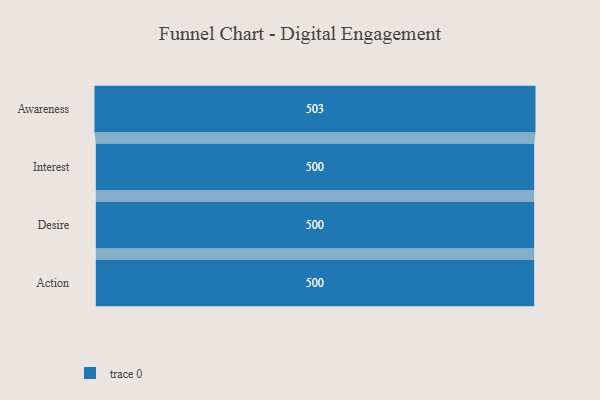
{"axis": {"x": "Stage", "y": "Value"}, "legend": [""], "data": [{"x": "Awareness", "y": 503.0, "type": ""}, {"x": "Interest", "y": 500, "type": ""}, {"x": "Desire", "y": 500, "type": ""}, {"x": "Action", "y": 500, "type": ""}]}